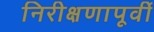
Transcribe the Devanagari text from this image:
निरीक्षणापूर्वी